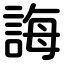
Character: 誨